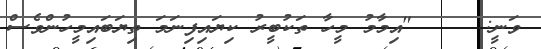
ވަނީ:     "އިމާމު މީހާ ތަކުބީރު ކިޔައިފިނަމަ ތިޔަބައިމީހުންވެސް